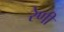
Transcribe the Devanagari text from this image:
रेणी